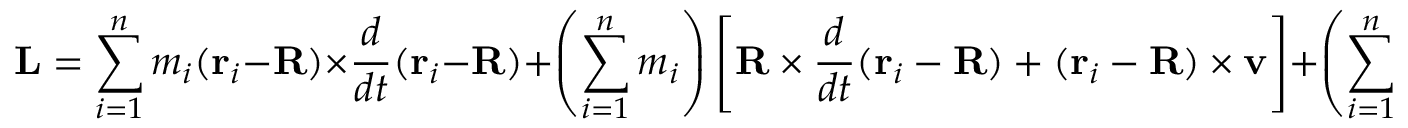
\mathbf { L } = \sum _ { i = 1 } ^ { n } m _ { i } ( \mathbf { r } _ { i } - \mathbf { R } ) \times { \frac { d } { d t } } ( \mathbf { r } _ { i } - \mathbf { R } ) + \left( \sum _ { i = 1 } ^ { n } m _ { i } \right) \left[ \mathbf { R } \times { \frac { d } { d t } } ( \mathbf { r } _ { i } - \mathbf { R } ) + ( \mathbf { r } _ { i } - \mathbf { R } ) \times \mathbf { v } \right] + \left( \sum _ { i = 1 } ^ { n } m _ { i } \right) \mathbf { R } \times \mathbf { v }